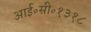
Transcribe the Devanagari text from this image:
आई॰सी॰१३१८